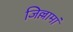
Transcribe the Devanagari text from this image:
जिल्लामां